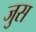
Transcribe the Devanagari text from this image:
जुस